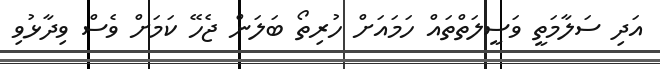
އަދި ސަލާމަތީ ވަސީލަތްތައް ހަމައަށް ހުރިތޯ ބަލަން ޖެހޭ ކަމަށް ވެސް ވިދާޅުވި